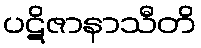
ပဋိဇာနာသီတိ